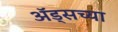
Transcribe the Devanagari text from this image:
अॅड्सच्या